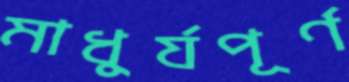
মাধুর্যপূর্ণ